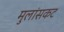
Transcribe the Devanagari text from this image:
मुलांसकट